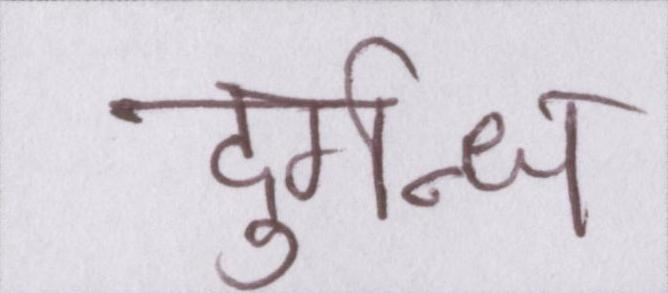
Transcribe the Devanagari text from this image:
दुर्गन्ध